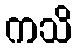
ကသိ